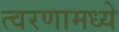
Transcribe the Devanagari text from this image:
त्वरणामध्ये